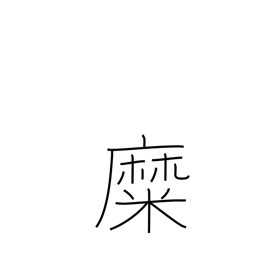
Meaning: be inflamed